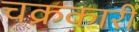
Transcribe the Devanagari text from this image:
चक्रकारी